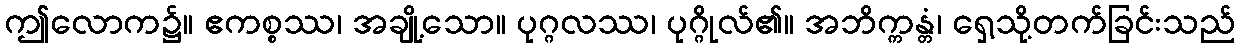
ဤလောက၌။ ဧကစ္စဿ၊ အချို့သော။ ပုဂ္ဂလဿ၊ ပုဂ္ဂိုလ်၏။ အဘိက္ကန္တံ၊ ရှေ့သို့တက်ခြင်းသည်